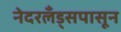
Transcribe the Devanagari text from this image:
नेदरलँड्सपासून